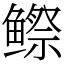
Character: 𬶭